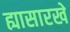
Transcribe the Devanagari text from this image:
ह्यासारखे